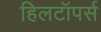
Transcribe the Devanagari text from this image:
हिलटॉपर्स